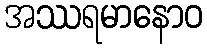
အဿရမာနောဝ